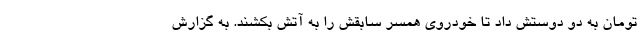
تومان به دو دوستش داد تا خودروی همسر سابقش را به آتش بکشند. به گزارش